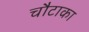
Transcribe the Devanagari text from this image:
चौटाका